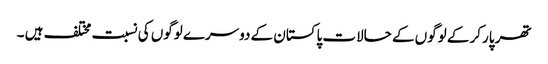
تھر پارکر کے لوگوں کے حالات پاکستان کے دوسرے لوگوں کی نسبت مختلف ہیں ۔